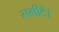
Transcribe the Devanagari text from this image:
समीटें।